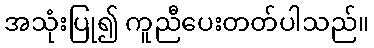
အသုံးပြု၍ ကူညီပေးတတ်ပါသည်။